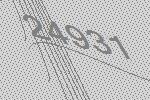
24931